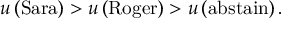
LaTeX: u \left( { \mathrm { S a r a } } \right) > u \left( { \mathrm { R o g e r } } \right) > u \left( { \mathrm { a b s t a i n } } \right) .